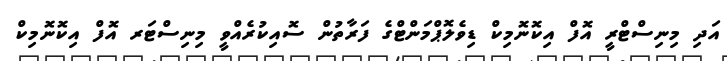
އަދި މިނިސްޓްރީ އޮފް އިކޮނޮމިކް ޑިވެލޮޕްމަންޓްގެ ފަރާތުން ސޮއިކުރެއްވީ މިނިސްޓަރ އޮފް އިކޮނޮމިކް